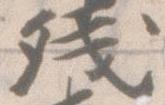
残